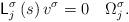
LaTeX: \begin{align*}\mathsf{L}_{j}^{\sigma}\left( s\right) v^{\sigma}=0\quad\Omega_{j}^{\sigma}. \end{align*}